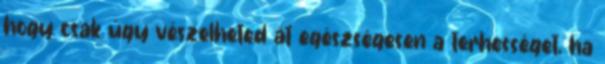
hogy csak úgy vészelheted át egészségesen a terhességet, ha